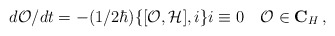
\begin{align*}d{\cal O}/dt = -(1/2\hbar)\{[{\cal O}, {\cal H}], i\}i \equiv 0\quad{\cal O} \in {\bf C}_{H}\,,\end{align*}